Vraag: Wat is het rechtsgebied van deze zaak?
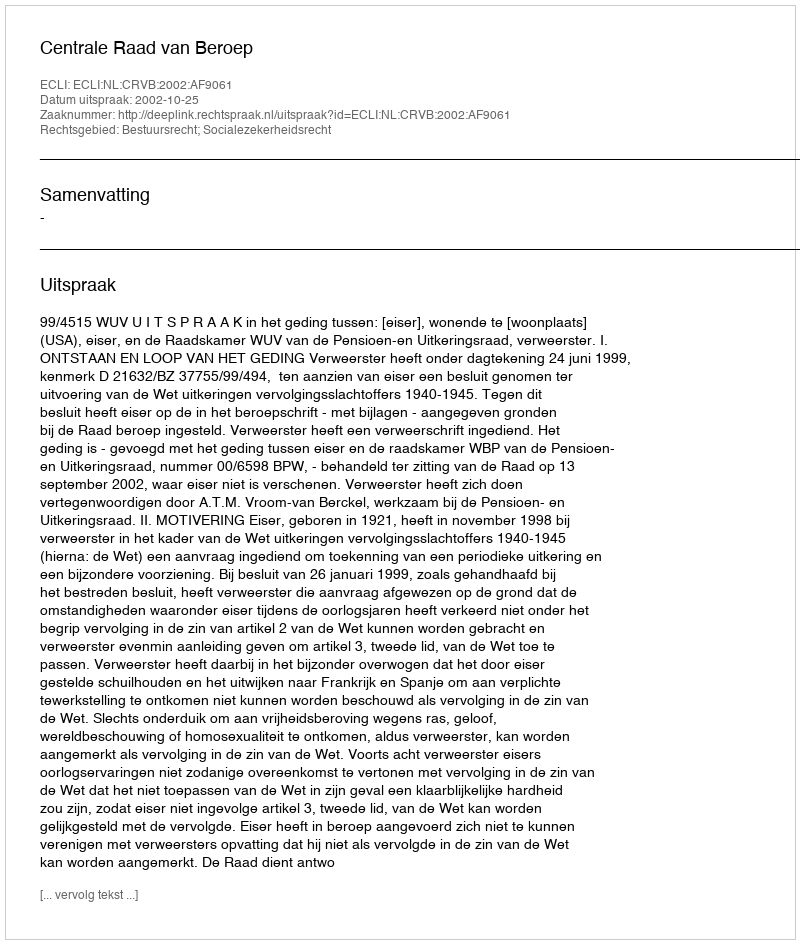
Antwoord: Bestuursrecht; Socialezekerheidsrecht